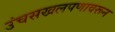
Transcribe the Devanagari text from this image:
उंचसखलपणावरून